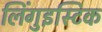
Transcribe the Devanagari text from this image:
लिंगुइस्टिक